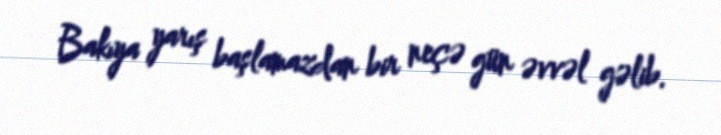
Bakıya yarış başlamazdan bir neçə gün əvvəl gəlib.